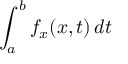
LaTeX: \int _ { a } ^ { b } f _ { x } ( x , t ) \, d t